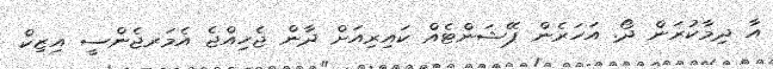
އާ ދިމާކުރަން ދޯ. އަހަރެން ޕޭޝަންޓެއް ކައިރިއަށް ދާން ޖެހިއްޖެ އެމަރޖެންސީ އިޒިކް